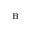
_ \mathrm { B }